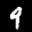
Label: 9